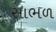
સાભળ